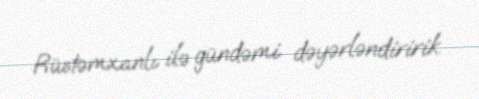
Rüstəmxanlı ilə gündəmi dəyərləndiririk.